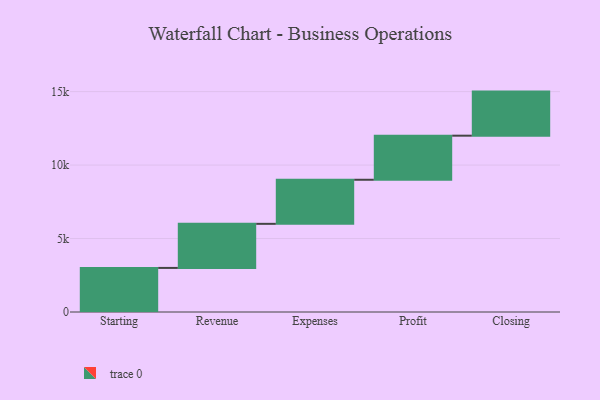
{"axis": {"x": "Step", "y": "Value"}, "legend": [""], "data": [{"x": "Starting", "y": 3000, "type": ""}, {"x": "Revenue", "y": 3000, "type": ""}, {"x": "Expenses", "y": 3000, "type": ""}, {"x": "Profit", "y": 3000, "type": ""}, {"x": "Closing", "y": 3000, "type": ""}]}